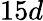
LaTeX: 15d